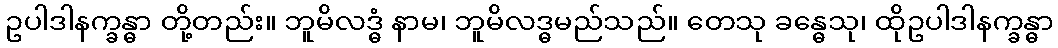
ဥပါဒါနက္ခန္ဓာ တို့တည်း။ ဘူမိလဒ္ဓံ နာမ၊ ဘူမိလဒ္ဓမည်သည်။ တေသု ခန္ဓေသု၊ ထိုဥပါဒါနက္ခန္ဓာ